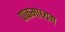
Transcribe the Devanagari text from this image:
पाकमाध्यम